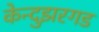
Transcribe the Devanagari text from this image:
केन्दुझरगड